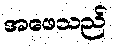
အဖေသည်